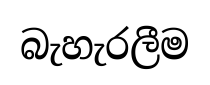
බැහැරලීම